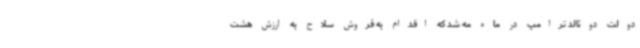
دولت دونالد ترامپ در ماه مه شد که اقدام به فروش سلاح به ارزش هشت